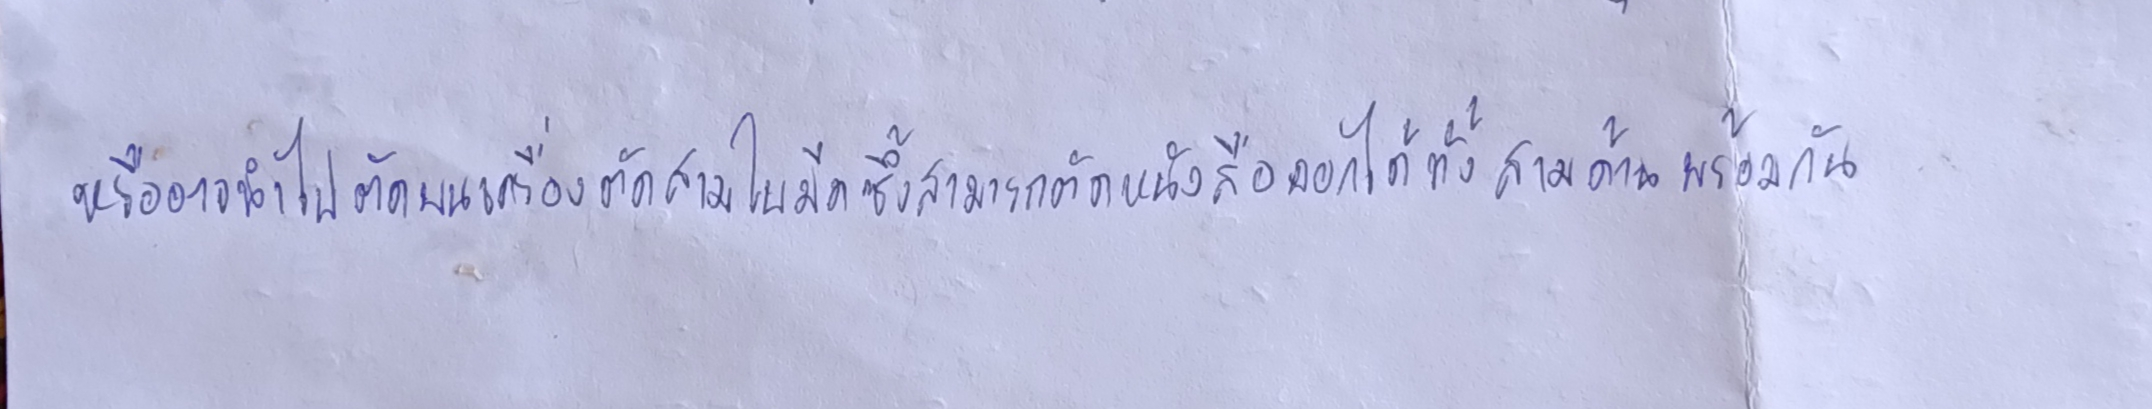
หรืออาจนำไปตัดบนเครื่องตัดสามใบมีดซึ่งสามารถตัดหนังสือออกได้ทั้งสามด้านพร้อมกัน